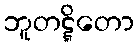
ဘူတဋ္ဋိတော